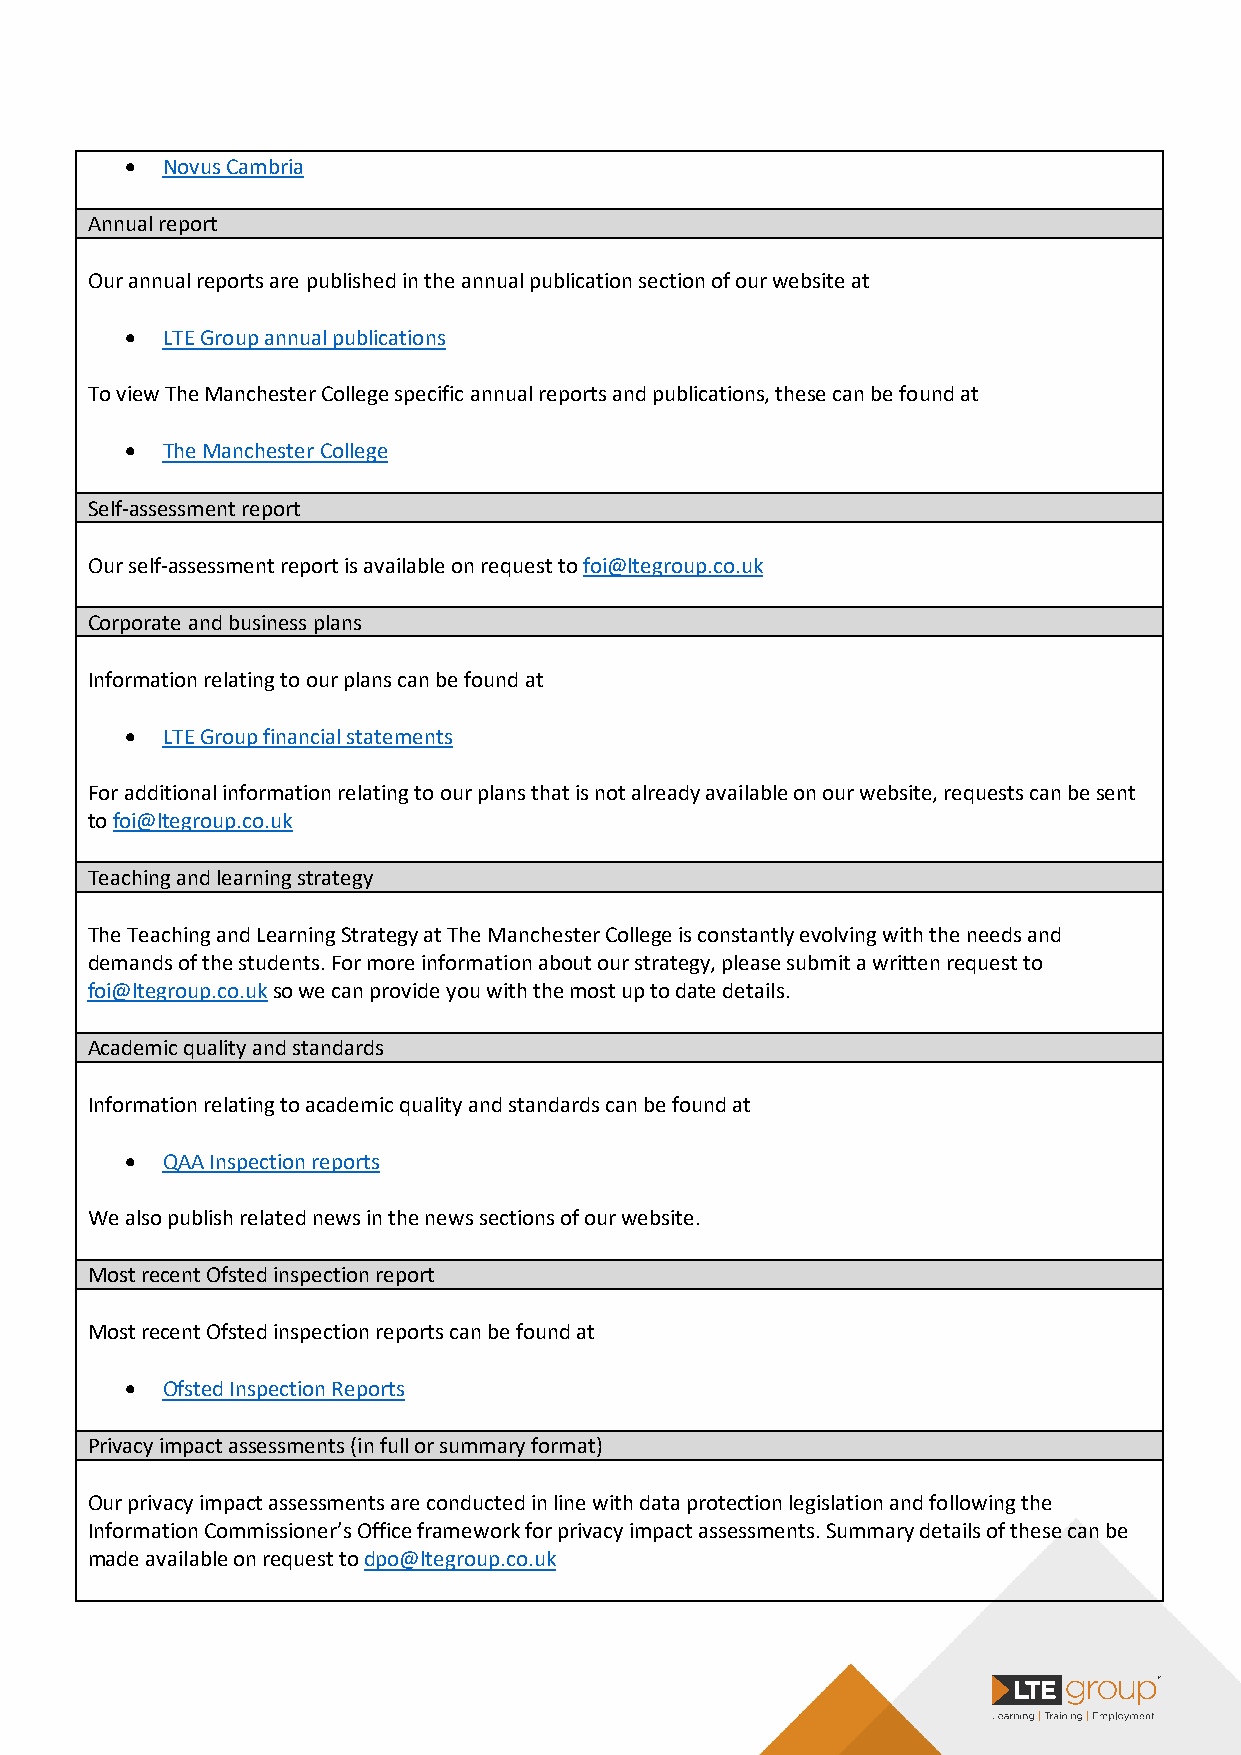
•  Novus Cambria
 Annual report
 Our annual reports are published in the annual publication section of our website at
 •  LTE Group annual publications
 To view The Manchester College specific annual reports and publications, these can be found at
 •  The Manchester College
 Self-assessment report
 Our self-assessment report is available on request to foi@ltegroup.co.uk
 Corporate and business plans
 Information relating to our plans can be found at
 •  LTE Group financial statements
 For additional information relating to our plans that is not already available on our website, requests can be sent
 to foi@ltegroup.co.uk
 Teaching and learning strategy
 The Teaching and Learning Strategy at The Manchester College is constantly evolving with the needs and
 demands of the students. For more information about our strategy, please submit a written request to
 foi@ltegroup.co.uk so we can provide you with the most up to date details.
 Academic quality and standards
 Information relating to academic quality and standards can be found at
 •  QAA Inspection reports
 We also publish related news in the news sections of our website.
 Most recent Ofsted inspection report
 Most recent Ofsted inspection reports can be found at
 •  Ofsted Inspection Reports
 Privacy impact assessments (in full or summary format)
 Our privacy impact assessments are conducted in line with data protection legislation and following the
 Information Commissioner’s Office framework for privacy impact assessments. Summary details of these can be
 made available on request to dpo@ltegroup.co.uk